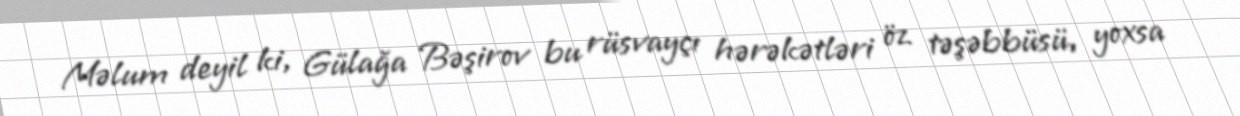
Məlum deyil ki, Gülağa Bəşirov bu rüsvayçı hərəkətləri öz təşəbbüsü, yoxsa